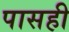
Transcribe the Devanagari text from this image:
पासही